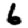
Digit: 6